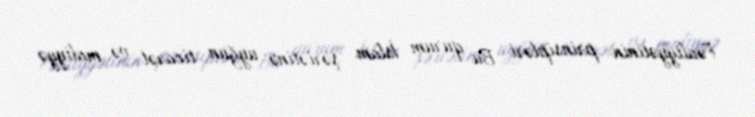
Fəaliyyətinin prinsipləri Bu qurum İslam şəriətinə uyğun ticarət və maliyyə